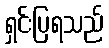
ရှင်းပြရသည်